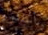
أستثمر